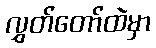
လွှတ်တော်ထဲမှာ